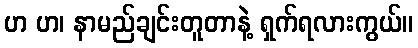
ဟ ဟ၊ နာမည်ချင်းတူတာနဲ့ ရှက်ရလားကွယ်။